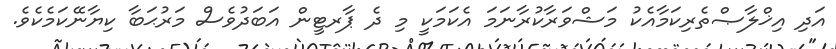
އަދި އިޚްލާޞްތެރިކަމާއެކު މަޝްވަރާކުރާނަމަ އެކަމަކީ މި ދެ ޕާރޓީން އަބަދުވެސް މަރުޙަބާ ކިޔާނޭކަމެކެވެ.